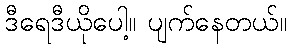
ဒီရေဒီယိုပေါ့။ ပျက်နေတယ်။